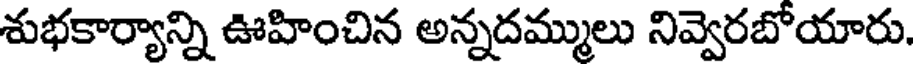
శుభకార్యాన్ని ఊహించిన అన్నదమ్ములు నివ్వెరబోయారు.